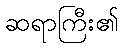
ဆရာကြီး၏